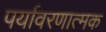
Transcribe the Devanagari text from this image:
पर्यावरणात्मक